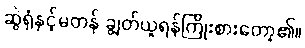
ဆွဲရုံနှင့်မတန် ချွတ်ယူရန်ကြိုးစားတော့၏။